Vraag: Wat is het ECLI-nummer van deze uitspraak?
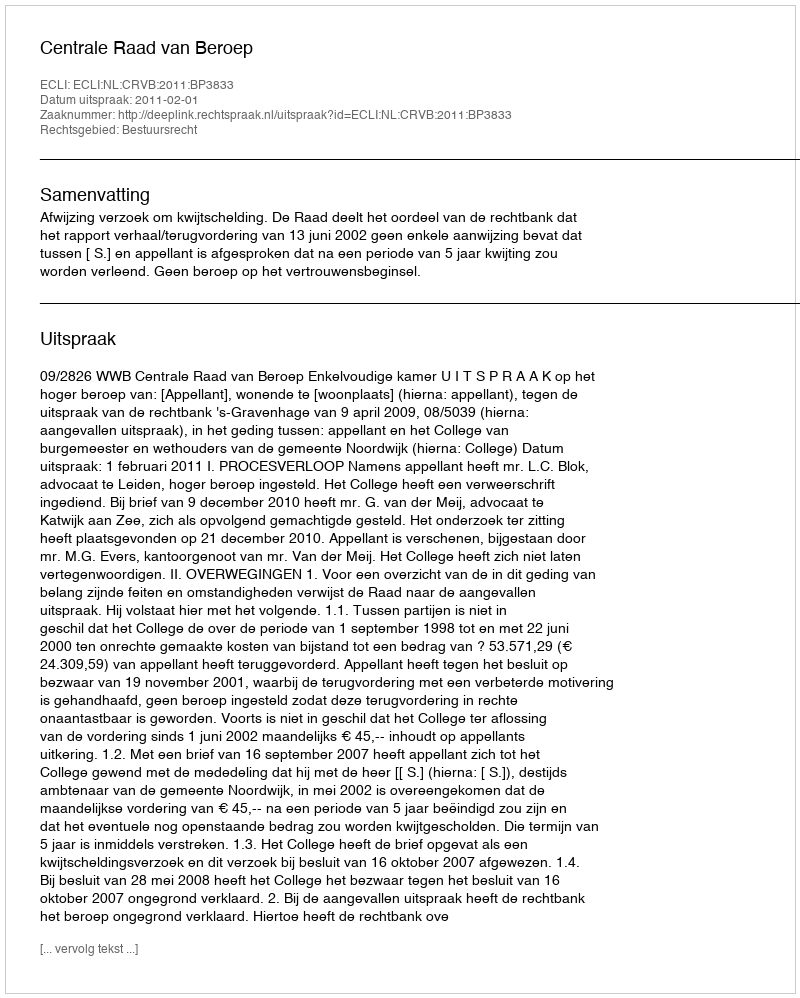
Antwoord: ECLI:NL:CRVB:2011:BP3833